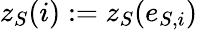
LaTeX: z_{S}(i):=z_{S}(e_{S,i})